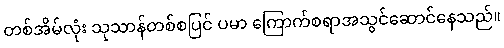
တစ်အိမ်လုံး သုသာန်တစ်စပြင် ပမာ ကြောက်စရာအသွင်ဆောင်နေသည်။